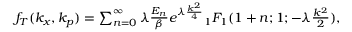
\begin{array} { r } { f _ { T } ( k _ { x } , k _ { p } ) = \sum _ { n = 0 } ^ { \infty } \lambda \frac { E _ { n } } { \beta } e ^ { \lambda \frac { k ^ { 2 } } { 4 } } { _ 1 F _ { 1 } } ( 1 + n ; 1 ; - \lambda \frac { k ^ { 2 } } { 2 } ) , } \end{array}